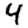
Digit: 4